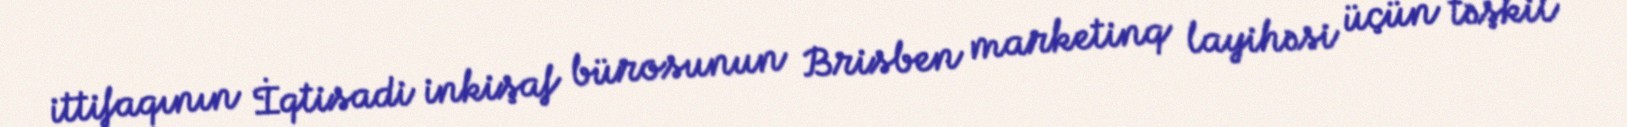
ittifaqının İqtisadi inkişaf bürosunun Brisben marketinq layihəsi üçün təşkil